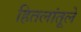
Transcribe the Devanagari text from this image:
हितलांतूले